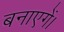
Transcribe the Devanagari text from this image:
बनाएगें।